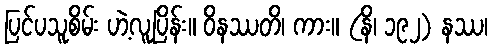
ပြင်ပသူစိမ်း ဟဲ့လူပြိန်း။ ဝိနဿတိ၊ ကား။ (နိ၊ ၁၉၂) နဿ၊